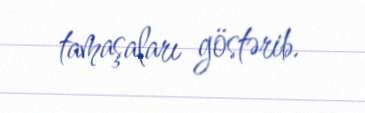
tamaşaları göstərib.